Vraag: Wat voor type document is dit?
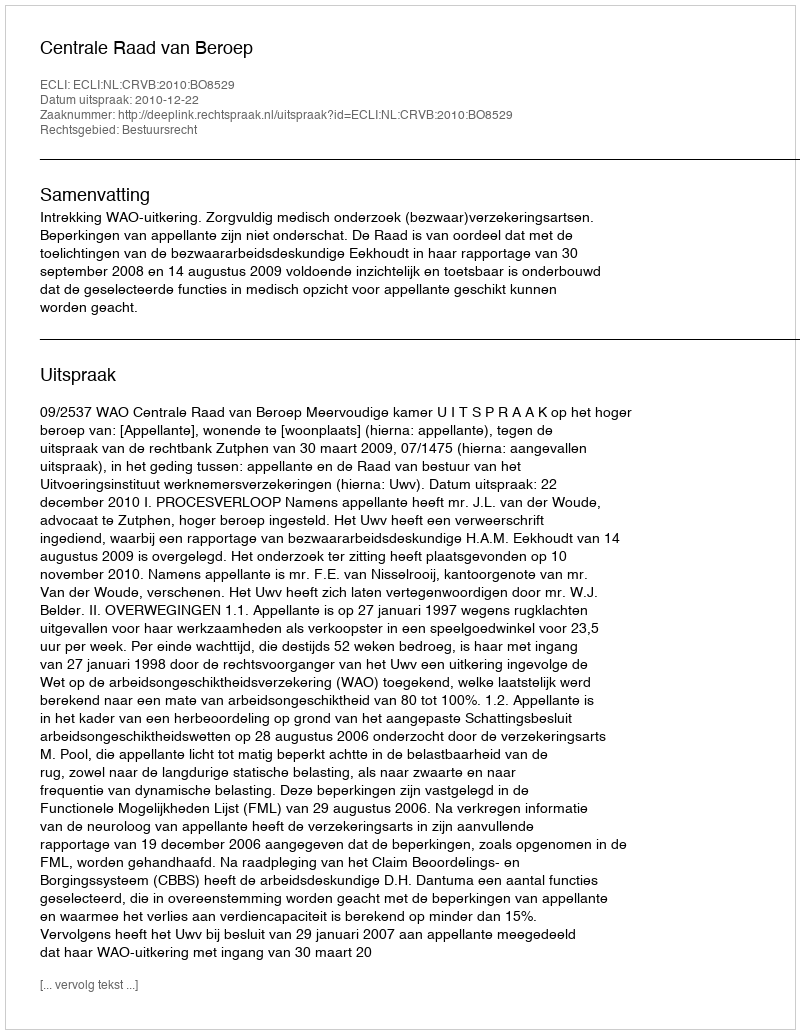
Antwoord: Uitspraak